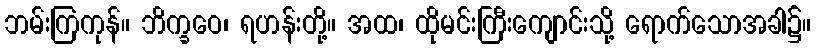
ဘမ်းကြကုန်။ ဘိက္ခဝေ၊ ရဟန်းတို့။ အထ၊ ထိုမင်းကြီးကျောင်းသို့ ရောက်သောအခါ၌။